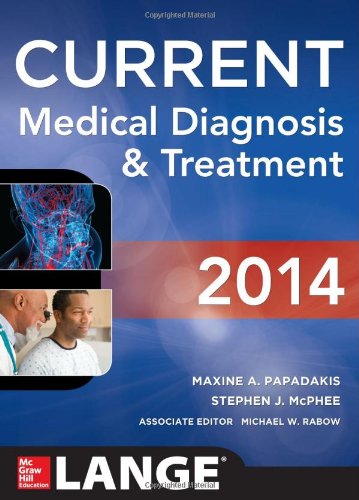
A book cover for CURRENT Medical Diagnosis and Treatment 2014 (LANGE CURRENT Series); Maxine Papadakis; Medical Books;